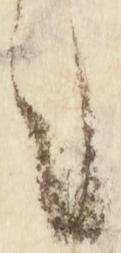
々